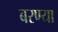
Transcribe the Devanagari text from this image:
बरण्या